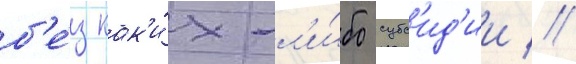
б'е́з как'и́х-л'и́бо субс'ид'ии //